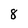
Character: 8